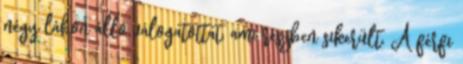
négy lábon álló válogatottat, ami részben sikerült. A férfi